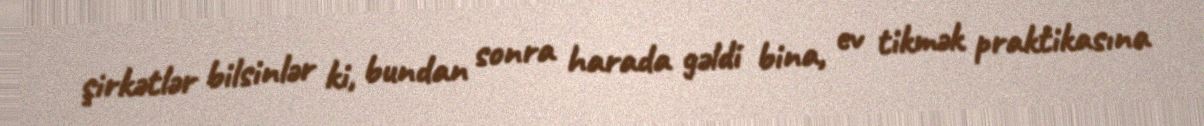
şirkətlər bilsinlər ki, bundan sonra harada gəldi bina, ev tikmək praktikasına